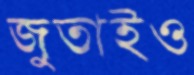
জুতাইও